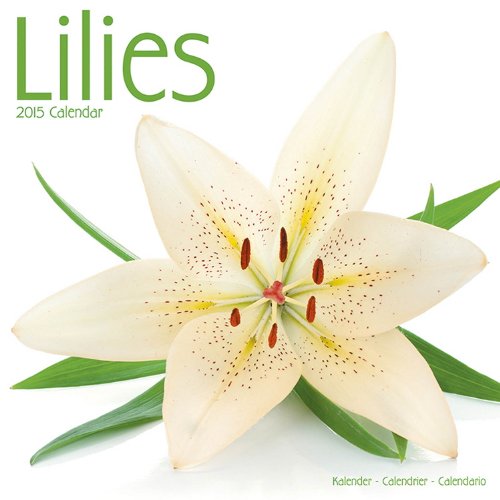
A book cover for Lilies Calendar - 2015 Wall calendars - Garden Calendars - Flower Calendar - Monthly Wall Calendar by Avonside; MegaCalendars; Calendars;